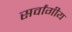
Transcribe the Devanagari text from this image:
सर्वांगीय